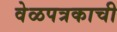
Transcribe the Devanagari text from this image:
वेळपत्रकाची